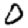
Digit: 0